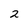
Character: 2